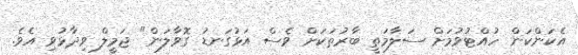
އެކަންކަން ހުއްޓުވުމަށް ސަލާމަތީ ބާރުތަކަށް ވެސް އަޅުގަނޑު ގޮވާލަން" ޖަމީލް ވިދާޅުވި އެވެ.